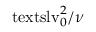
\ensuremath { \mathrm { \ t e x t s l { v } } _ { 0 } } ^ { 2 } / \nu